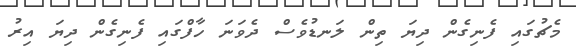
މެޗުގައި ފެނިގެން ދިޔަ ތިން ލަނޑުވެސް ދެވަނަ ހާފްގައި ފެނިގެން ދިޔަ އިރު